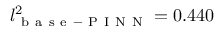
l _ { \mathrm { ~ b ~ a ~ s ~ e ~ - ~ P ~ I ~ N ~ N ~ } } ^ { 2 } = 0 . 4 4 0